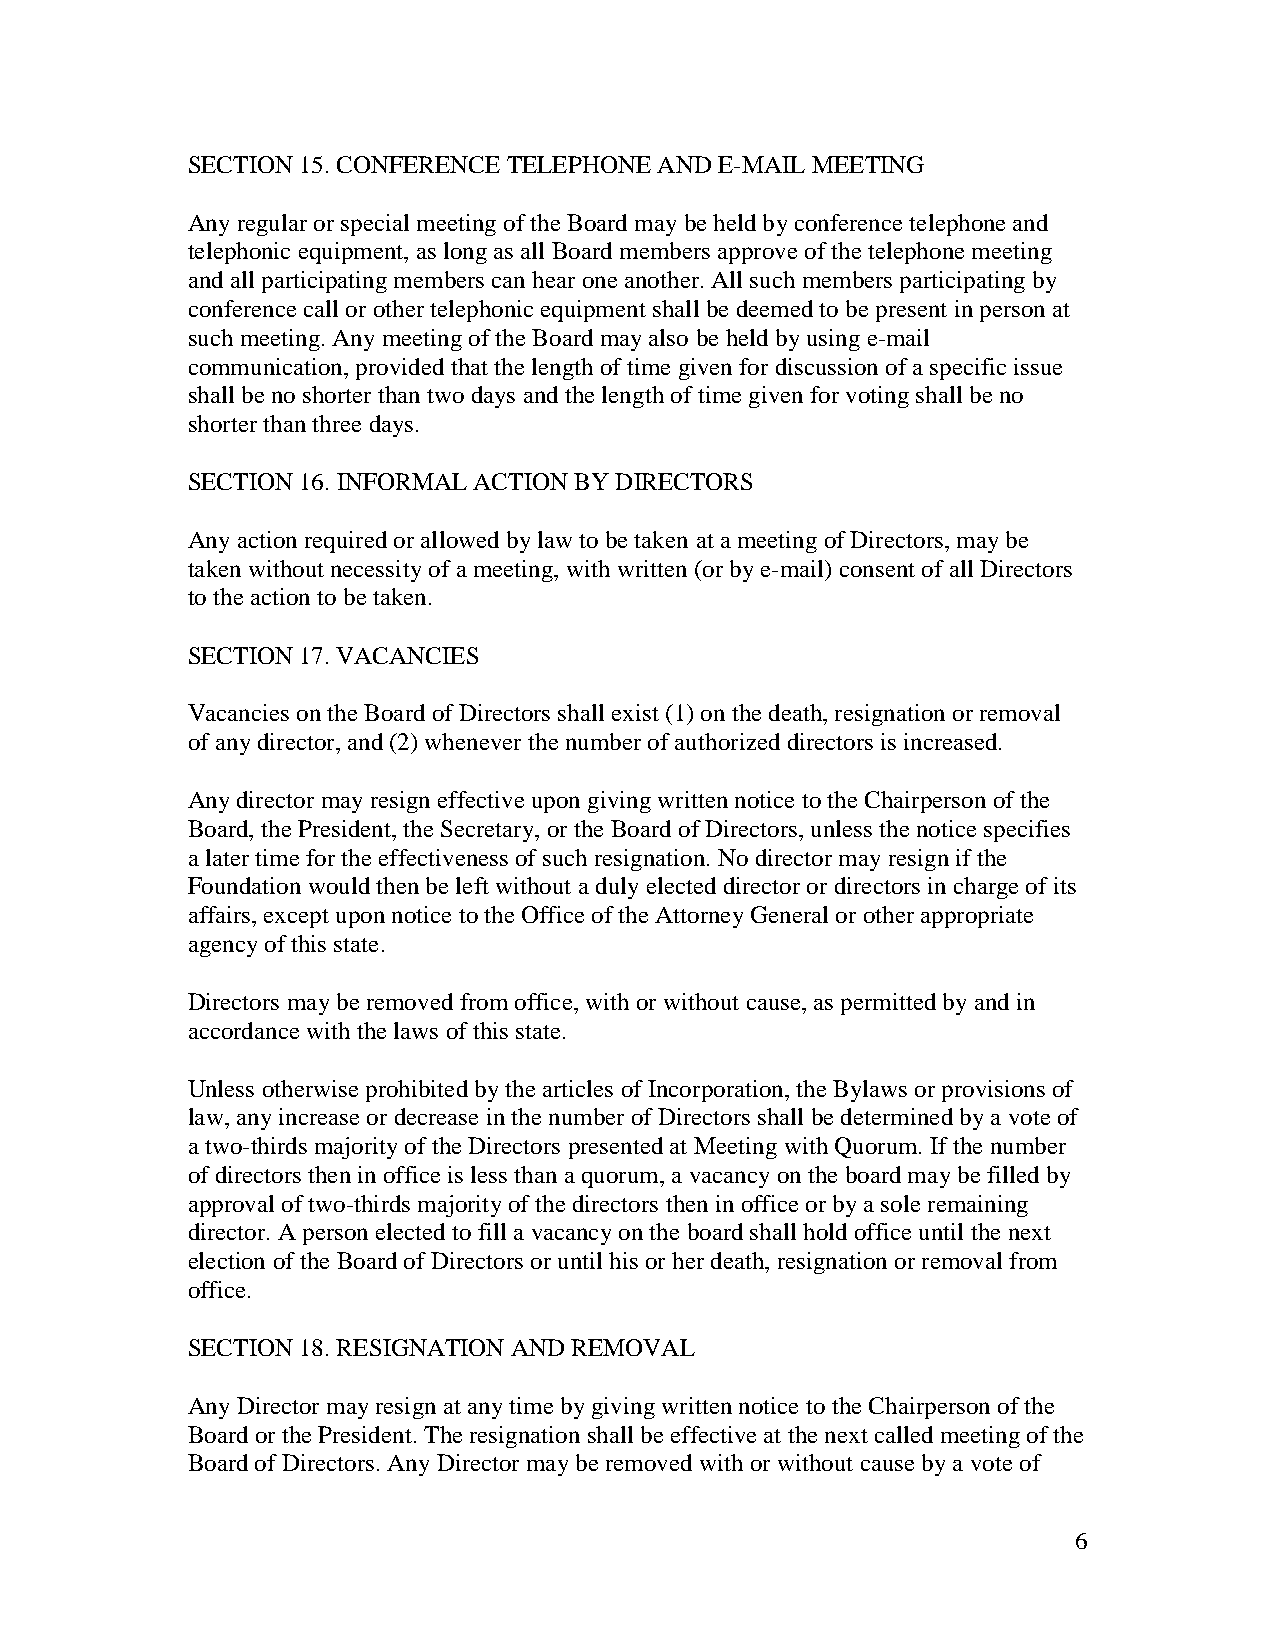
SECTION 15. CONFERENCE TELEPHONE AND E-MAIL MEETING
 Any regular or special meeting of the Board may be held by conference telephone and
 telephonic equipment, as long as all Board members approve of the telephone meeting
 and all participating members can hear one another. All such members participating by
 conference call or other telephonic equipment shall be deemed to be present in person at
 such meeting. Any meeting of the Board may also be held by using e-mail
 communication, provided that the length of time given for discussion of a specific issue
 shall be no shorter than two days and the length of time given for voting shall be no
 shorter than three days.
 SECTION 16. INFORMAL ACTION BY DIRECTORS
 Any action required or allowed by law to be taken at a meeting of Directors, may be
 taken without necessity of a meeting, with written (or by e-mail) consent of all Directors
 to the action to be taken.
 SECTION 17. VACANCIES
 Vacancies on the Board of Directors shall exist (1) on the death, resignation or removal
 of any director, and (2) whenever the number of authorized directors is increased.
 Any director may resign effective upon giving written notice to the Chairperson of the
 Board, the President, the Secretary, or the Board of Directors, unless the notice specifies
 a later time for the effectiveness of such resignation. No director may resign if the
 Foundation would then be left without a duly elected director or directors in charge of its
 affairs, except upon notice to the Office of the Attorney General or other appropriate
 agency of this state.
 Directors may be removed from office, with or without cause, as permitted by and in
 accordance with the laws of this state.
 Unless otherwise prohibited by the articles of Incorporation, the Bylaws or provisions of
 law, any increase or decrease in the number of Directors shall be determined by a vote of
 a two-thirds majority of the Directors presented at Meeting with Quorum. If the number
 of directors then in office is less than a quorum, a vacancy on the board may be filled by
 approval of two-thirds majority of the directors then in office or by a sole remaining
 director. A person elected to fill a vacancy on the board shall hold office until the next
 election of the Board of Directors or until his or her death, resignation or removal from
 office.
 SECTION 18. RESIGNATION AND REMOVAL
 Any Director may resign at any time by giving written notice to the Chairperson of the
 Board or the President. The resignation shall be effective at the next called meeting of the
 Board of Directors. Any Director may be removed with or without cause by a vote of
 6